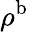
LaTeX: \rho^{\mathrm{b}}